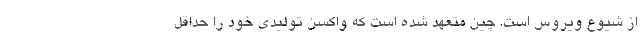
از شیوع ویروس است. چین متعهد شده است که واکسن تولیدی خود را حداقل